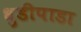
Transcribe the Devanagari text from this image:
धुडीपाडा